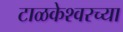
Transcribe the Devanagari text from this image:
टाळकेश्वरच्या